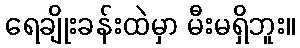
ရေချိုးခန်းထဲမှာ မီးမရှိဘူး။